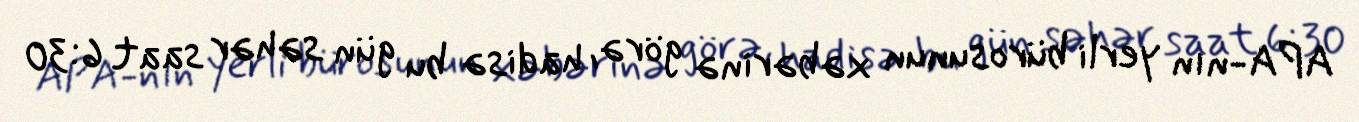
APA-nın yerli bürosunun xəbərinə görə, hadisə bu gün səhər saat 6:30